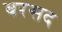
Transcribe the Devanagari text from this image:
बरसद